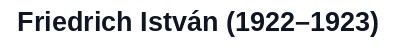
Friedrich István (1922–1923)